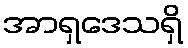
အာရှဒေသရှိ